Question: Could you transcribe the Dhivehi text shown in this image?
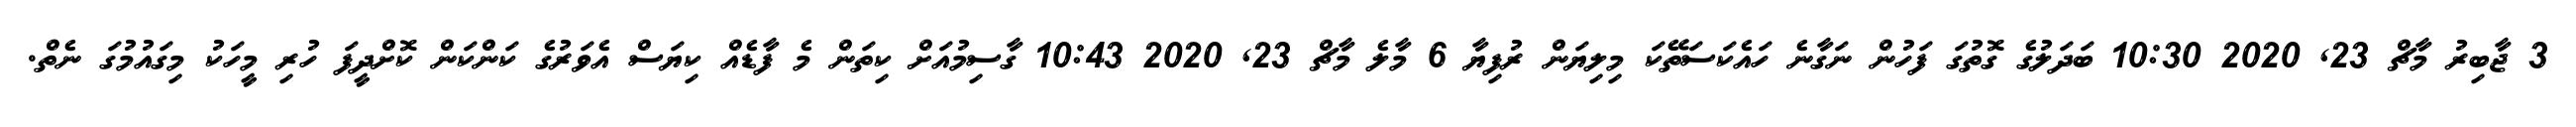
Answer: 3 ޖާބިރު މާޗް 23, 2020 10:30 ބަދަލުގެ ގޮތުގަ ފަހުން ނަގާނެ ހައެކަސަތޭކަ މިލިޔަން ރުފިޔާ 6 މާލެ މާޗް 23, 2020 10:43 ގާސިމުއަށް ކިތަން މެ ފާޑެއް ކިޔަސް އެވަރުގެ ކަންކަން ކޮށްދީފަ ހުރި މީހަކު މިގައުމުގަ ނެތް.